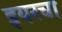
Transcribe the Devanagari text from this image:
इयरचा